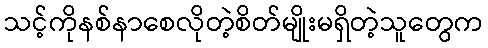
သင့်ကိုနစ်နာစေလိုတဲ့စိတ်မျိုးမရှိတဲ့သူတွေက